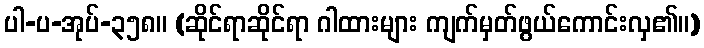
ပါ-ပ-အုပ်-၃၅၈။ (ဆိုင်ရာဆိုင်ရာ ဂါထားများ ကျက်မှတ်ဖွယ်ကောင်းလှ၏။)